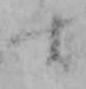
す